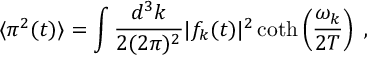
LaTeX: \langle \pi ^ { 2 } ( t ) \rangle = \int \frac { d ^ { 3 } k } { 2 ( 2 \pi ) ^ { 2 } } | f _ { k } ( t ) | ^ { 2 } \coth \left( \frac { \omega _ { k } } { 2 T } \right) \; ,